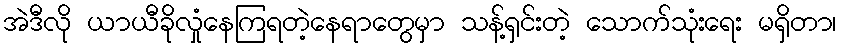
အဲဒီလို ယာယီခိုလှုံနေကြရတဲ့နေရာတွေမှာ သန့်ရှင်းတဲ့ သောက်သုံးရေး မရှိတာ၊